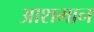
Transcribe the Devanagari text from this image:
आशमान